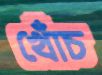
খোঁচ